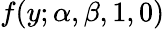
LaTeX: f(y;\alpha,\beta,1,0)